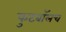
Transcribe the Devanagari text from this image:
फुटबाॅलच